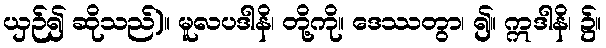
ယှဉ်၍ ဆိုသည်)။ မူလပဒါနိ၊ တို့ကို။ ဒေဿတွာ၊ ၍။ ဣဒါနိ၊ ၌။